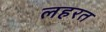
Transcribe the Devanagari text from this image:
लहरत